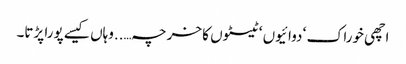
اچھی خوراک ‘ دوائیوں ‘ ٹیسٹوں کا خرچہ…..وہاں کیسے پورا پڑتا۔